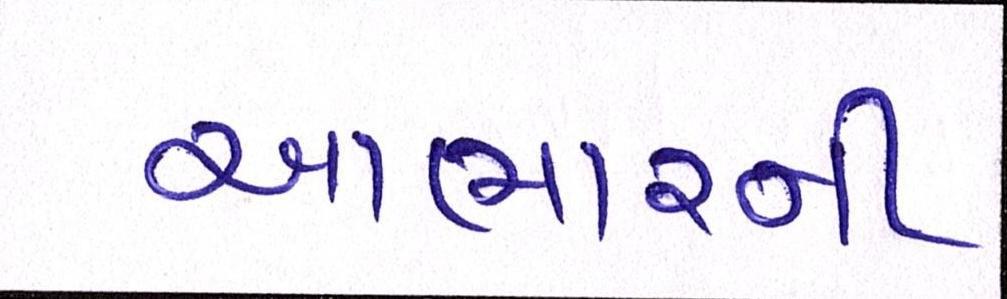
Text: આભારની